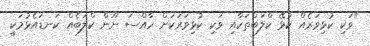
"ވަކި ކުޅިވަރެއް ކުޅޭ ކްލަބްތަކާއި ވަކި ކުޅިވަރަކަށް ހާއްސަ ނޫން ކްލަބެއް ކަނޑައެޅުމަކީ